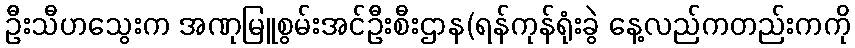
ဦးသီဟသွေးက အဏုမြူစွမ်းအင်ဦးစီးဌာန(ရန်ကုန်ရုံးခွဲ နေ့လည်ကတည်းကကို